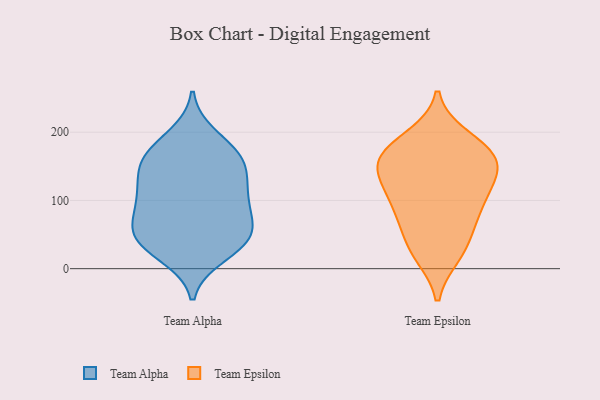
{"axis": {"x": "Revenue (USD Million)", "y": "Value"}, "legend": ["Team Alpha", "Team Epsilon"], "data": [{"x": "", "y": 49, "type": "Team Alpha"}, {"x": "", "y": 111, "type": "Team Alpha"}, {"x": "", "y": 47, "type": "Team Alpha"}, {"x": "", "y": 78, "type": "Team Alpha"}, {"x": "", "y": 97, "type": "Team Alpha"}, {"x": "", "y": 163, "type": "Team Alpha"}, {"x": "", "y": 43, "type": "Team Alpha"}, {"x": "", "y": 47, "type": "Team Alpha"}, {"x": "", "y": 168, "type": "Team Alpha"}, {"x": "", "y": 20, "type": "Team Alpha"}, {"x": "", "y": 104, "type": "Team Alpha"}, {"x": "", "y": 153, "type": "Team Alpha"}, {"x": "", "y": 126, "type": "Team Alpha"}, {"x": "", "y": 74, "type": "Team Alpha"}, {"x": "", "y": 139, "type": "Team Alpha"}, {"x": "", "y": 169, "type": "Team Alpha"}, {"x": "", "y": 194, "type": "Team Alpha"}, {"x": "", "y": 31, "type": "Team Alpha"}, {"x": "", "y": 162, "type": "Team Epsilon"}, {"x": "", "y": 192, "type": "Team Epsilon"}, {"x": "", "y": 112, "type": "Team Epsilon"}, {"x": "", "y": 157, "type": "Team Epsilon"}, {"x": "", "y": 132, "type": "Team Epsilon"}, {"x": "", "y": 139, "type": "Team Epsilon"}, {"x": "", "y": 84, "type": "Team Epsilon"}, {"x": "", "y": 122, "type": "Team Epsilon"}, {"x": "", "y": 41, "type": "Team Epsilon"}, {"x": "", "y": 167, "type": "Team Epsilon"}, {"x": "", "y": 25, "type": "Team Epsilon"}, {"x": "", "y": 80, "type": "Team Epsilon"}, {"x": "", "y": 21, "type": "Team Epsilon"}, {"x": "", "y": 182, "type": "Team Epsilon"}, {"x": "", "y": 164, "type": "Team Epsilon"}, {"x": "", "y": 80, "type": "Team Epsilon"}]}